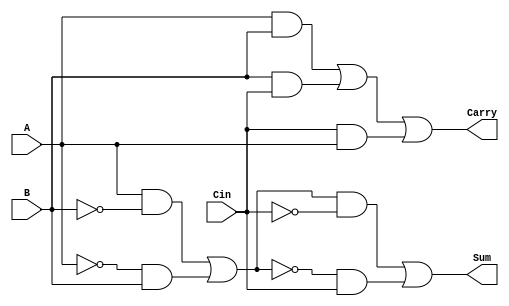
`timescale 1ns / 1ps
//////////////////////////////////////////////////////////////////////////////////
// Company: 
// Engineer: 
// 
// Design Name: 
// Module Name: FullAdder
// Project Name: 
// Target Devices: 
// Tool Versions: 
// Description: 
// 
// Dependencies: 
// 
// Revision:
// Revision 0.01 - File Created
// Additional Comments:
// 
//////////////////////////////////////////////////////////////////////////////////
module FullAdder(A, B, Cin, Sum, Carry);
input A, B;
input Cin;
output Sum;
output Carry;
wire A_Not, B_Not, Cin_Not;
wire r1, r2, r3, r4;
wire Q, Q_Not;
wire w1, w2, w3;

not N1(A_Not, A);
not N2(B_Not, B);
not N3(Cin_Not, Cin);
/////////////////////////////////////////////
and A1(r1, A, B_Not);
and A2(r2, A_Not, B);
or U1(Q, r1, r2);
not N4(Q_Not, Q);          /*A (XOR) B (XOR) Cin*/
and A3(r3, Q, Cin_Not);
and A4(r4, Q_Not, Cin);
or U2(Sum, r3, r4);
/////////////////////////////////////////////

and A5(w1, A, B);
and A6(w2, B, Cin);
and A7(w3, Cin, A);
or C(Carry, w1, w2, w3);

endmodule